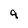
Character: 9